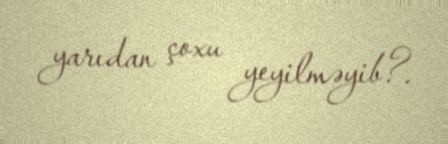
yarıdan çoxu yeyilməyib?.